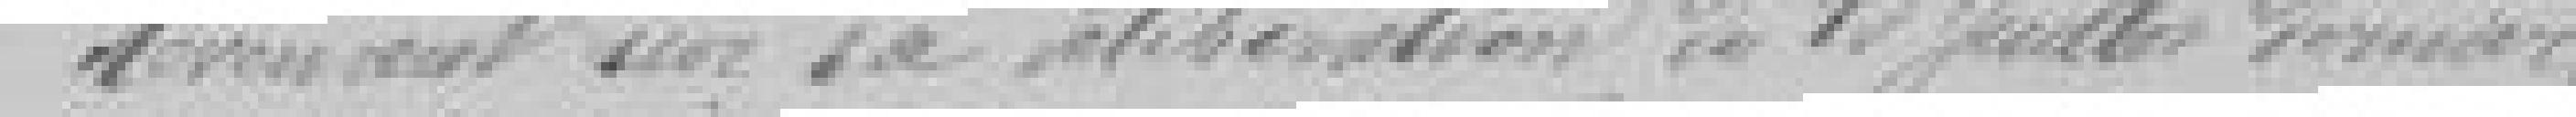
Revenant sur sa délibération du 13 juillet dernier,